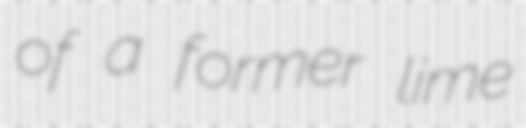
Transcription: of a former lime